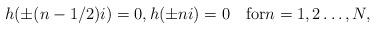
LaTeX: \begin{align*}h(\pm(n-1/2)i)=0,h(\pm ni)=0\quad\hbox{for}n=1,2\ldots,N,\end{align*}